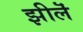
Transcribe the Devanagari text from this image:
झीलॆं